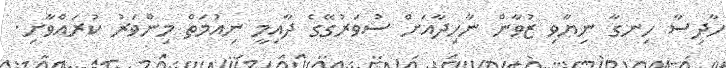
ހާދިސާ ހިނގާ ނިޔާވި ޒުވާން ނާހިދާއަށް ސުވަރުގޭގެ ދާއިމީ ނިއުމަތް މިންވަރު ކުރައްވާށި.